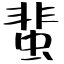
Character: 蜚